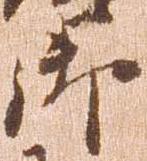
御